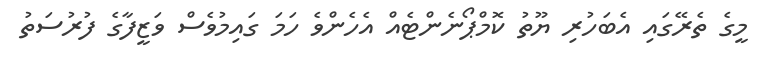
މީގެ ތެރޭގައި އެބަހުރި ޔޫތު ކޮމްޕޯނެންޓެއް އެހެންވެ ހަމަ ގައިމުވެސް ވަޒީފާގެ ފުރުސަތު